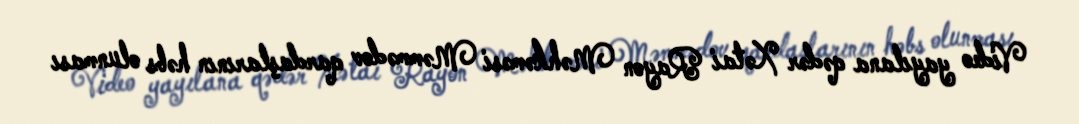
Video yayılana qədər Xətai Rayon Məhkəməsi Məmmədov qardaşlarının həbs olunması